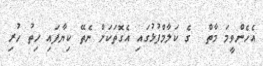
އެހެންވީމަ މާތް  ގެ ކަލާމްފުޅުގައި އެގޮތަކަށް ނެތޭ ކިޔާފައި ހިތު ހުރި